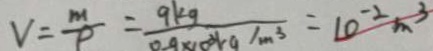
V = \frac { m } { \rho } = \frac { 9 k g } { 0 . 9 \times 1 0 ^ { 3 } k g / m ^ { 3 } } = 1 0 ^ { - 2 } m ^ { 3 }